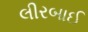
લીરબાઈ